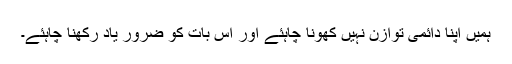
ہمیں اپنا دائمی توازن نہیں کھونا چاہئے اور اس بات کو ضرور یاد رکھنا چاہئے۔